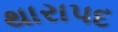
થારાપદ